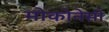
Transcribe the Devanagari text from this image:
मोकोनेसी